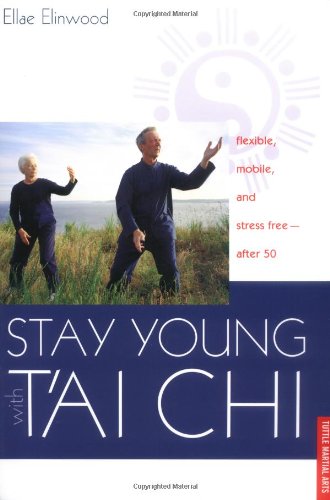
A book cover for Stay Young With T'ai Chi: Flexible, Mobile, and Stress Free--After 50; Ellae Elinwood; Health, Fitness & Dieting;